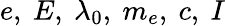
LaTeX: e,\ E,\ \lambda_{0},\ m_{e},\ c,\ I